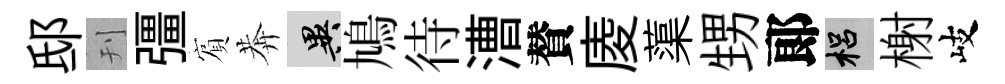
邸刊彊賔莾异鳩待漕賛庱蕖甥郞梠榭岐